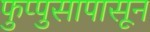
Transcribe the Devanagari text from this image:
फुप्पुसापासून